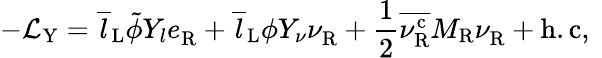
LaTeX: -{\cal L}_{\mathrm{Y}}=\overline{{{l}}}_{\mathrm{L}}\tilde{\phi}Y_{l}e_{\mathrm{R}}^{~}+\overline{{{l}}}_{\mathrm{L}}\phi Y_{\nu}\nu_{\mathrm{R}}^{~}+\frac{1}{2}\overline{{{\nu_{\mathrm{R}}^{\mathrm{c}}}}}M_{\mathrm{R}}\nu_{\mathrm{R}}^{~}+\mathrm{h.c},~